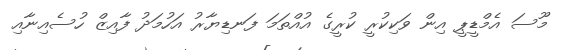
މޫސަ އެމްޑީޕީ އިން ވަކިކުރީ ކުރީގެ އުއްތަމަ ފަނޑިޔާރު އަހުމަދު ފާއިޒް ހުސެއިނާއި